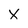
Character: X